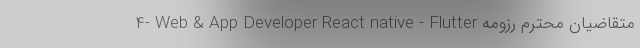
4- Web & App Developer React native - Flutter متقاضیان محترم رزومه